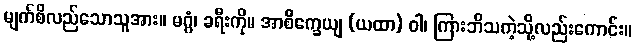
မျက်စိလည်သောသူအား။ မဂ္ဂံ၊ ခရီးကို။ အာစိက္ခေယျ (ယထာ) ဝါ၊ ကြားဘိသကဲ့သို့လည်းကောင်း။